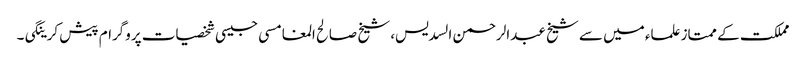
مملکت کے ممتاز علماء میں سے شیخ عبدالرحمن السدیس، شیخ صالح المغامسی جیسی شخصیات پروگرام پیش کرینگی۔